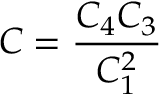
{ \displaystyle { C = \frac { C _ { 4 } C _ { 3 } } { C _ { 1 } ^ { 2 } } } }